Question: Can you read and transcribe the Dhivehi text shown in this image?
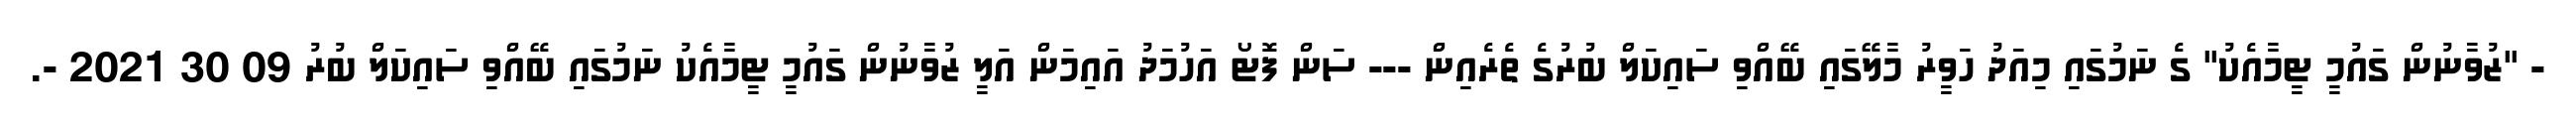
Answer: - "ޒުވާނުން ގައުމީ ޓީމާއެކު" ގެ ނަމުގައި މިއަދު ހަވީރު މާލޭގައި ބޭއްވި ސައިކަލް ބުރުގެ ތެރެއިން --- ސަން ފޮޓޯ އަހުމަދު އައިމަން އަލީ ޒުވާނުން ގައުމީ ޓީމާއެކު ނަމުގައި ބޭއްވި ސައިކަލް ބުރު 09 30 2021 -.